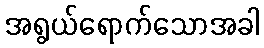
အရွယ်ရောက်သောအခါ